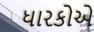
ધારકોએ